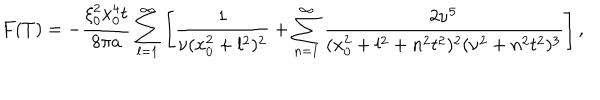
LaTeX: F ( T ) = - \frac { \xi _ { 0 } ^ { 2 } x _ { 0 } ^ { 4 } t } { 8 \pi a } \sum _ { l = 1 } ^ { \infty } \left[ \frac 1 { \nu ( x _ { 0 } ^ { 2 } + l ^ { 2 } ) ^ { 2 } } + \sum _ { n = 1 } ^ { \infty } \frac { 2 \nu ^ { 5 } } { ( x _ { 0 } ^ { 2 } + l ^ { 2 } + n ^ { 2 } t ^ { 2 } ) ^ { 2 } ( \nu ^ { 2 } + n ^ { 2 } t ^ { 2 } ) ^ { 3 } } \right] ,